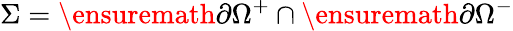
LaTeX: \Sigma=\ensuremath{\partial}\Omega^{+}\cap\ensuremath{\partial}\Omega^{-}